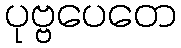
ပုဗ္ဗပေတေ